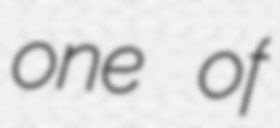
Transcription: one of